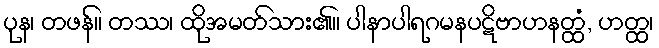
ပုန၊ တဖန်။ တဿ၊ ထိုအမတ်သား၏။ ပါနာပါရဂမနပဋိဗာဟနတ္ထံ, ဟတ္ထ၊